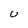
Character: U